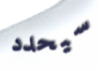
سيحدد